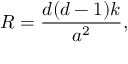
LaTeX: R = \frac { d ( d - 1 ) k } { a ^ { 2 } } ,